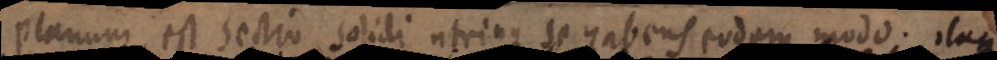
Planum est sectio solidi utrinque se habens eodam modo. itaque